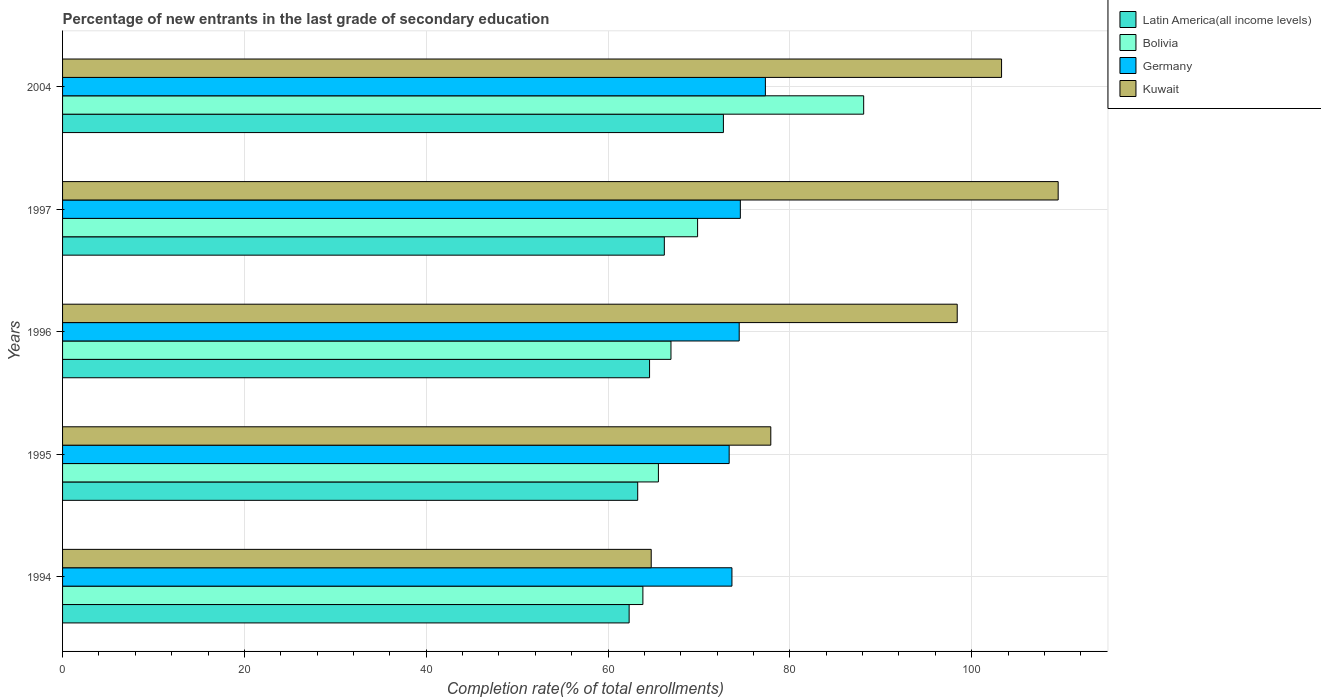
| Years | Latin America(all income levels) | Bolivia | Germany | Kuwait |
 | --- | --- | --- | --- | --- |
 | 1994 | 62.3 | 63.8 | 73.6 | 64.8 |
 | 1995 | 63.3 | 65.5 | 73.3 | 77.9 |
 | 1996 | 64.6 | 66.9 | 74.4 | 98.4 |
 | 1997 | 66.2 | 69.9 | 74.6 | 110 |
 | 2004 | 72.7 | 88.1 | 77.3 | 103 |